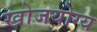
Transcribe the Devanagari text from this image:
खोजयोग्य